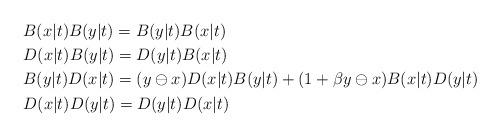
LaTeX: \begin{align*}& B(x|t)B(y|t) = B(y|t)B(x|t)\\&D(x|t)B(y|t) = D(y|t)B(x|t)\\& B(y|t)D(x|t)=(y\ominus x)D(x|t)B(y|t)+(1+\beta y\ominus x)B(x|t)D(y|t)\\&D(x|t)D(y|t) = D(y|t)D(x|t) \end{align*}